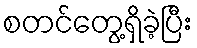
စတင်တွေ့ရှိခဲ့ပြီး